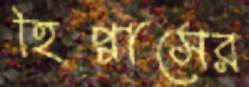
হিপ্পাসের